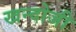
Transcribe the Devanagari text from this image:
खन्दोजी